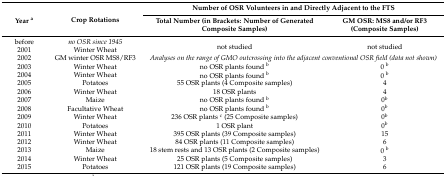
| <ROWSPAN=2> Year a | <ROWSPAN=2> Crop Rotations | <COLSPAN=2> Number of OSR Volunteers in and Directly Adjacent to the FTS |
 | Total Number (in Brackets: Number of Generated Composite Samples) | GM OSR: MS8 and/or RF3 (Composite Samples) |
 | --- | --- | --- | --- |
 | before | no OSR since 1945 | <ROWSPAN=2> not studied | <ROWSPAN=2> not studied |
 | 2001 | Winter Wheat |
 | 2002 | GM winter OSR MS8/RF3 | <COLSPAN=2> Analyses on the range of GMO outcrossing into the adjacent conventional OSR field (data not shown) |
 | 2003 | Winter Wheat | no OSR plants found b | 0 b |
 | 2004 | Winter Wheat | no OSR plants found b | 0 b |
 | 2005 | Potatoes | 55 OSR plants (4 Composite samples) | 4 |
 | 2006 | Winter Wheat | 18 OSR plants | 4 |
 | 2007 | Maize | no OSR plants found b | 0b |
 | 2008 | Facultative Wheat | no OSR plants found b | 0b |
 | 2009 | Winter Wheat | 236 OSR plants c (25 Composite samples) | 0b |
 | 2010 | Potatoes | 1 OSR plant | 0b |
 | 2011 | Winter Wheat | 395 OSR plants (39 Composite samples) | 15 |
 | 2012 | Winter Wheat | 84 OSR plants (11 Composite samples) | 6 |
 | 2013 | Maize | 18 stem rests and 13 OSR plants (2 Composite samples) | 0 b |
 | 2014 | Winter Wheat | 25 OSR plants (5 Composite samples) | 3 |
 | 2015 | Potatoes | 121 OSR plants (19 Composite samples) | 6 |